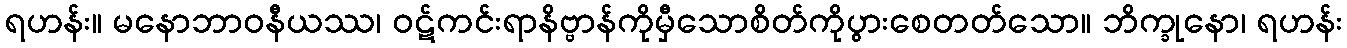
ရဟန်း။ မနောဘာဝနီယဿ၊ ဝဋ်ကင်းရာနိဗ္ဗာန်ကိုမှီသောစိတ်ကိုပွားစေတတ်သော။ ဘိက္ခုနော၊ ရဟန်း